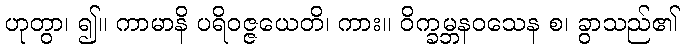
ဟုတွာ၊ ၍။ ကာမာနိ ပရိဝဇ္ဇယေတိ၊ ကား။ ဝိက္ခမ္ဘနဝသေန စ၊ ခွာသည်၏